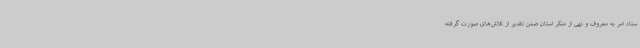
ستاد امر به معروف و نهی از منکر استان ضمن تقدیر از تلاش‌های صورت گرفته